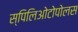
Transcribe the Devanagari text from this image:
स्पिलिओटोपोलस